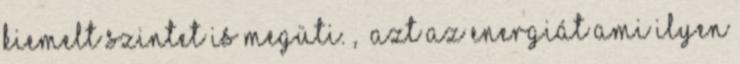
kiemelt szintet is megüti.”, „Azt az energiát ami ilyen